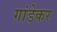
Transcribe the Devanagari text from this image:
गांडेकर